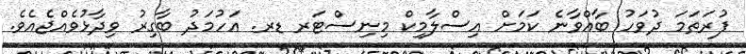
ފުރަތަމަ ދުވަހު ބާއްވާނެ ކަމަށް އިސްލާމިކް މިނިސްޓަރ ޑރ. އަހުމަދު ބާގިރު ވިދާޅުވެއްޖެއެވެ.